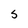
Character: S